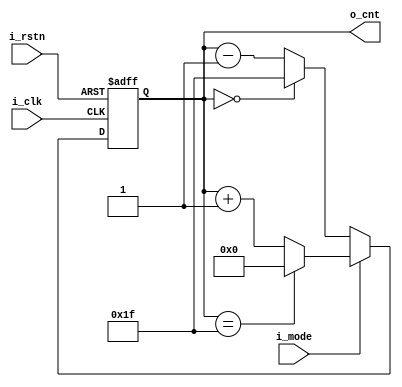
// ==================================================
//	[ ZARAM OJT. ]
//	* Author		: Seok Jin Son (sonsj98@zaram.com)
//	* Filename		: upcnt.v
//	* Date			: 2024-06-25 10:54:04
//	* Description	:
// ==================================================


module updw_cnt 
#(
	parameter	UPBND	= 31
)
(
	output	reg	[$clog2(UPBND+1)-1:0]	o_cnt,
	input								i_mode,
	input								i_clk,
	input								i_rstn
);
	
	always @(posedge i_clk or negedge i_rstn) begin
		if(!i_rstn) begin
			o_cnt <= 0;
		end else begin
			if (i_mode) begin
				if (o_cnt == UPBND) begin
					o_cnt <= 0;
				end else begin
					o_cnt <= o_cnt + 1;
				end
			end	else begin
				if (o_cnt == 0)	begin
					o_cnt <= UPBND;
				end	else begin
					o_cnt <= o_cnt - 1;
				end
			end
		end
	end

endmodule